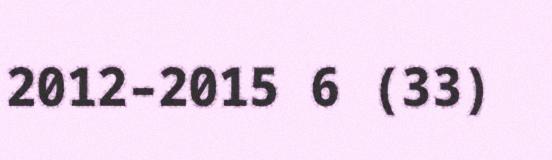
2012–2015 6 (33)